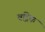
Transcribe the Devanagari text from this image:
वद्रिक